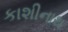
કાશીનાથ